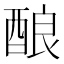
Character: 酿